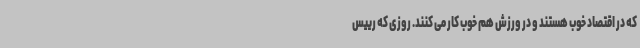
که در اقتصاد خوب هستند و در ورزش هم خوب کار می کنند. روزی که رییس